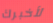
لأخبرك